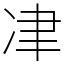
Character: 冿